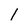
Character: 1